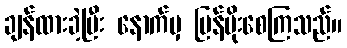
ချန်ထားခဲ့ပြီး နောက်မှ ပြန်မိုးစေကြသည်။